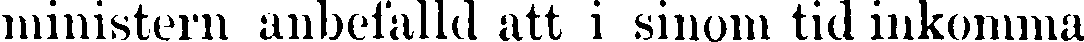
ministern anbefalld att i sinom tid inkomma